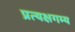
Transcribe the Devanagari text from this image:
प्रत्यक्षगम्य